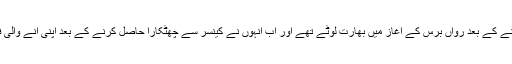
عرفان خان بھی تقریباً ایک سال تک زیر علاج رہنے کے بعد رواں برس کے آغاز میں بھارت لوٹے تھے اور اب انہوں نے کینسر سے چھٹکارا حاصل کرنے کے بعد اپنی آنے والی فلم ’انگریزی میڈیم‘ کی شوٹنگ بھی شروع کردی۔